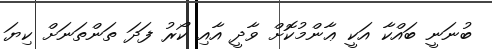
ބުނަނީ ބައްކާ އަކީ ޢާންމުކޮށް ވާދީ އާއި ކޯރު ފަދަ ތަންތަނަށް ކިޔަ